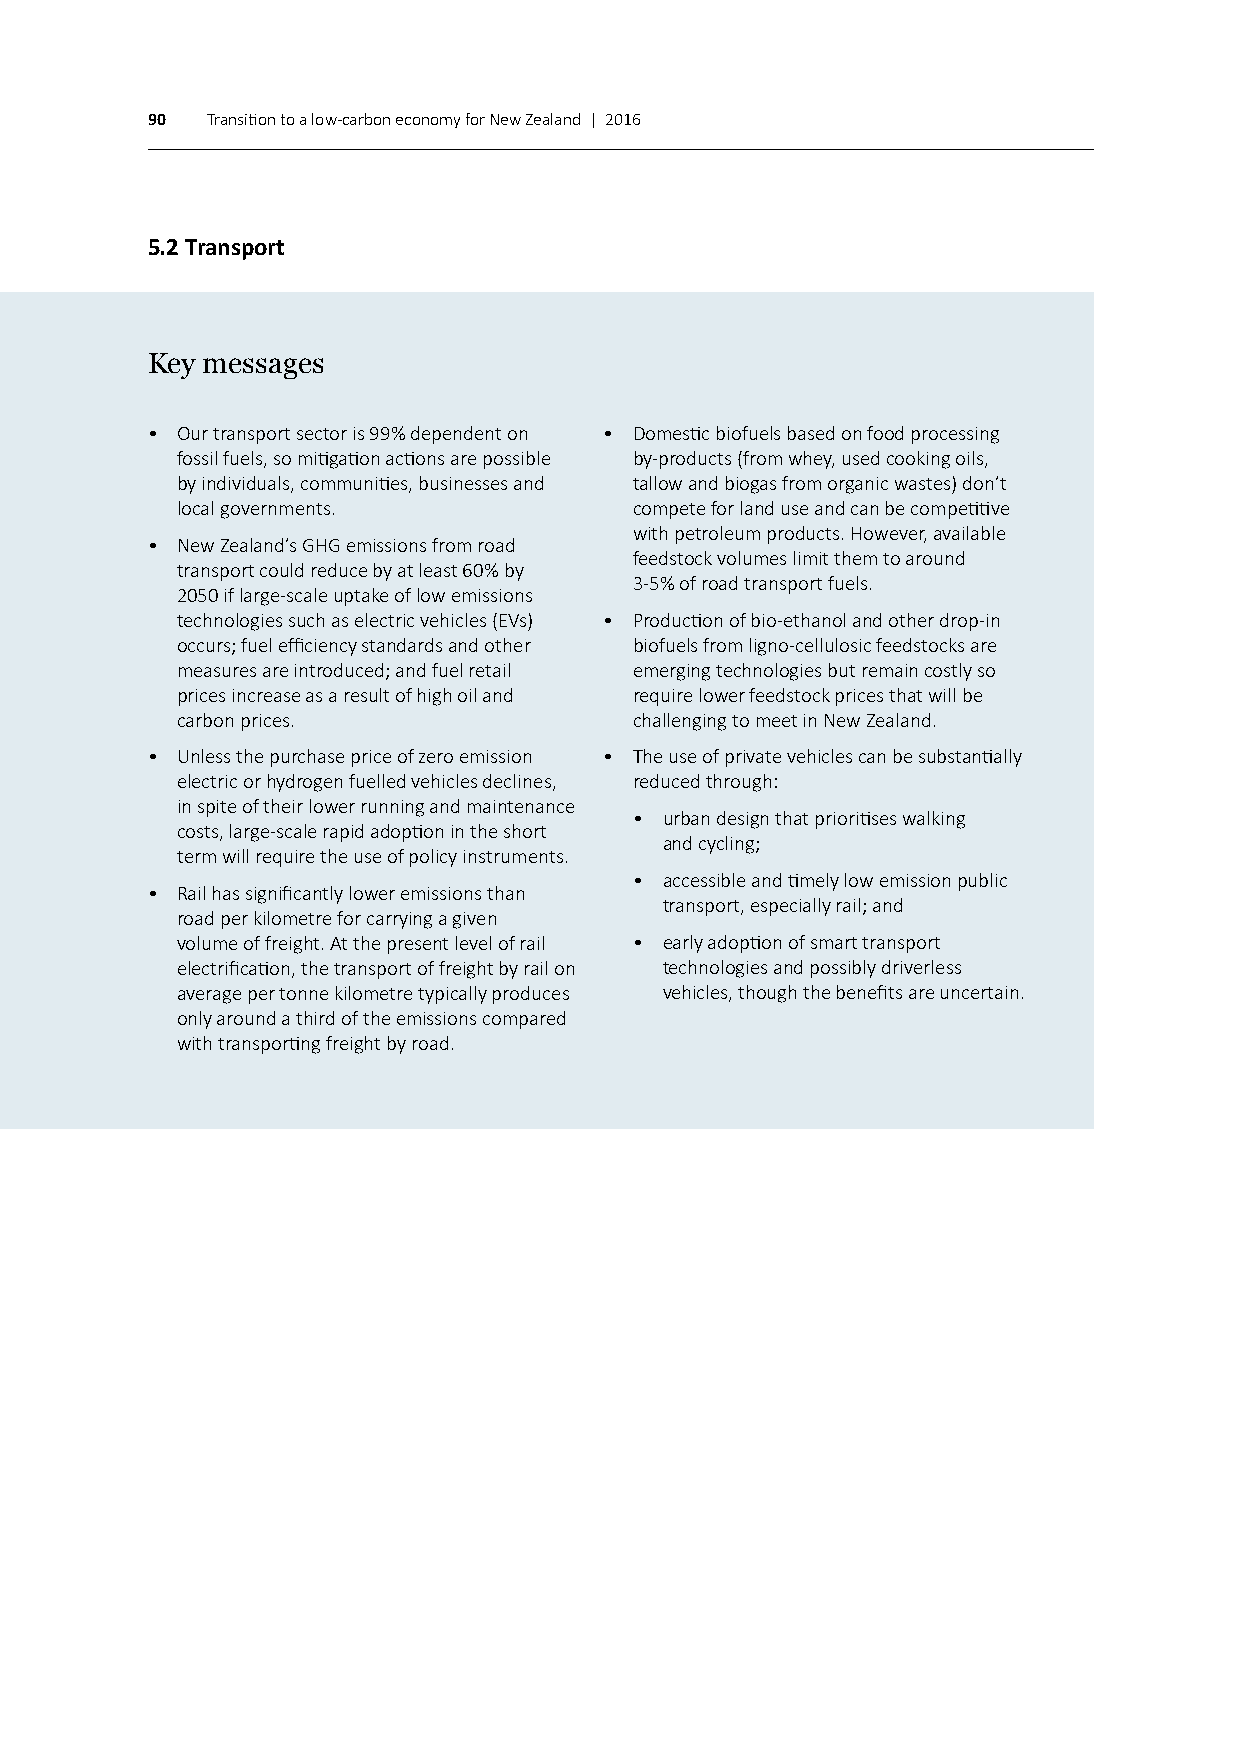
90  Transition to a low-carbon economy for New Zealand | 2016
 5.2 Transport
 Key messages
 • Our transport sector is 99% dependent on • Domestic biofuels based on food processing
 fossil fuels, so mitigation actions are possible by-products (from whey, used cooking oils,
 by individuals, communities, businesses and tallow and biogas from organic wastes) don’t
 local governments.            compete for land use and can be competitive
 with petroleum products. However, available
 • New Zealand’s GHG emissions from road
 feedstock volumes limit them to around
 transport could reduce by at least 60% by
 3-5% of road transport fuels.
 2050 if large-scale uptake of low emissions
 technologies such as electric vehicles (EVs) • Production of bio-ethanol and other drop-in
 occurs; fuel efficiency standards and other biofuels from ligno-cellulosic feedstocks are
 measures are introduced; and fuel retail emerging technologies but remain costly so
 prices increase as a result of high oil and require lower feedstock prices that will be
 carbon prices.                challenging to meet in New Zealand.
 • Unless the purchase price of zero emission • The use of private vehicles can be substantially
 electric or hydrogen fuelled vehicles declines, reduced through:
 in spite of their lower running and maintenance
 • urban design that prioritises walking
 costs, large-scale rapid adoption in the short
 and cycling;
 term will require the use of policy instruments.
 • accessible and timely low emission public
 • Rail has significantly lower emissions than
 transport, especially rail; and
 road per kilometre for carrying a given
 volume of freight. At the present level of rail • early adoption of smart transport
 electrification, the transport of freight by rail on technologies and possibly driverless
 average per tonne kilometre typically produces vehicles, though the benefits are uncertain.
 only around a third of the emissions compared
 with transporting freight by road.